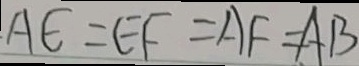
A E = E F = A F = A B